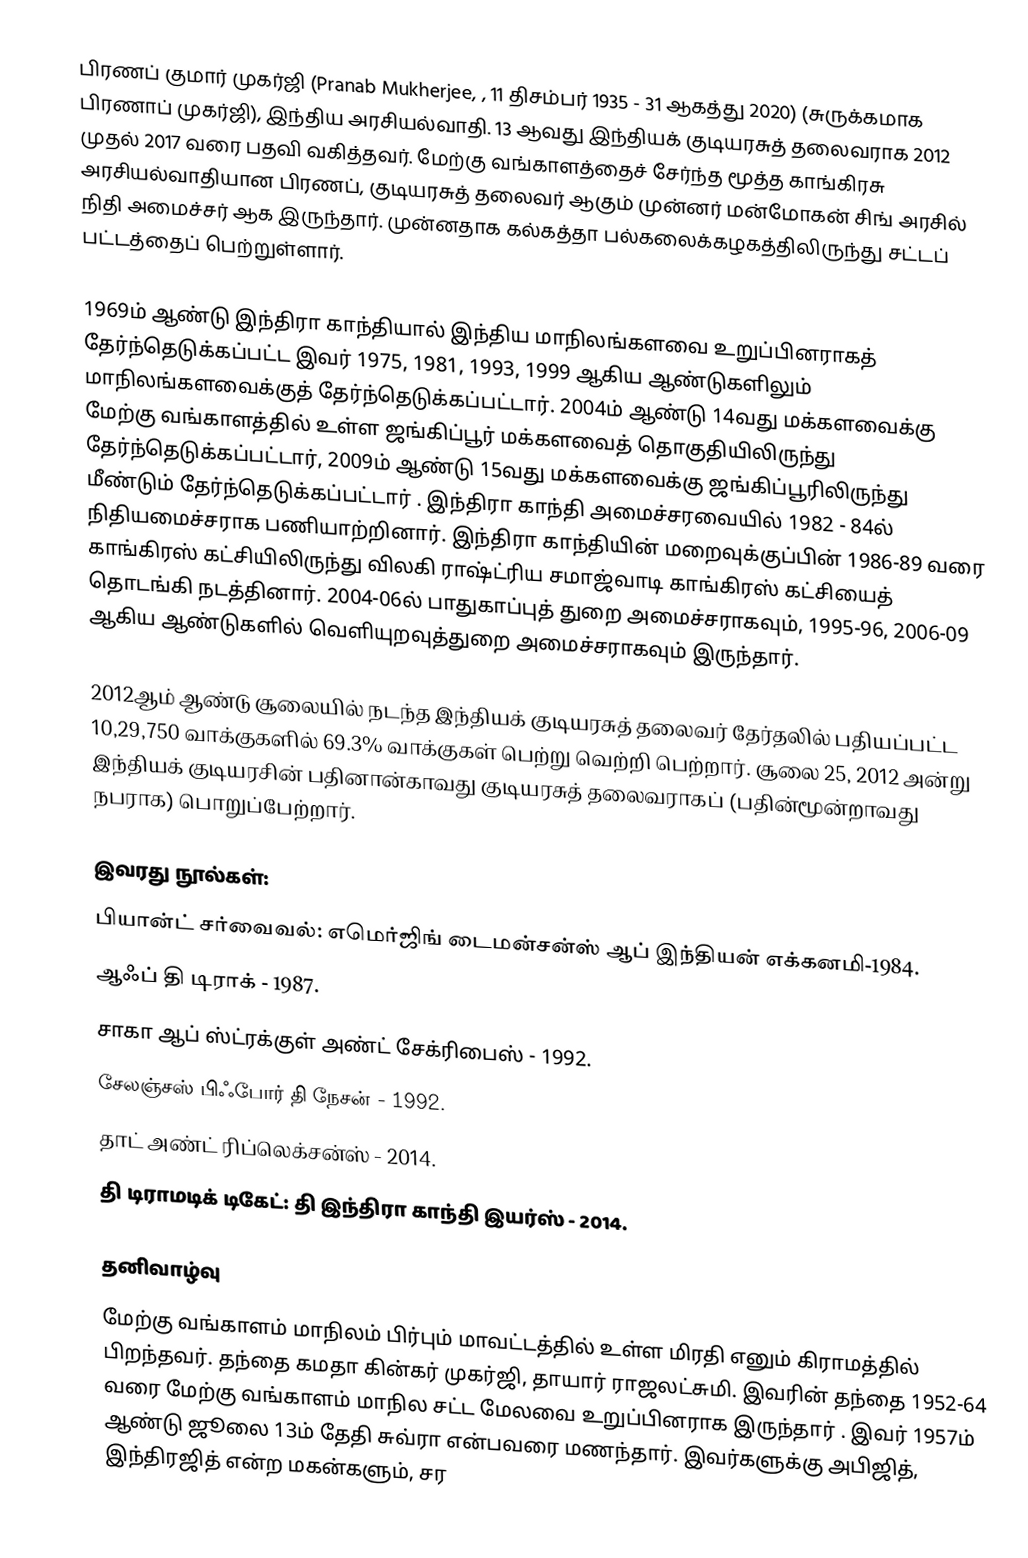
பிரணப் குமார் முகர்ஜி (Pranab Mukherjee, , 11 திசம்பர் 1935 - 31 ஆகத்து 2020) (சுருக்கமாக பிரணாப் முகர்ஜி),  இந்திய அரசியல்வாதி. 13 ஆவது  இந்தியக் குடியரசுத் தலைவராக  2012 முதல் 2017 வரை  பதவி வகித்தவர்.  மேற்கு வங்காளத்தைச் சேர்ந்த மூத்த காங்கிரசு அரசியல்வாதியான பிரணப், குடியரசுத் தலைவர் ஆகும் முன்னர் மன்மோகன் சிங் அரசில் நிதி அமைச்சர் ஆக இருந்தார். முன்னதாக  கல்கத்தா பல்கலைக்கழகத்திலிருந்து சட்டப் பட்டத்தைப் பெற்றுள்ளார்.

1969ம் ஆண்டு இந்திரா காந்தியால் இந்திய மாநிலங்களவை  உறுப்பினராகத் தேர்ந்தெடுக்கப்பட்ட இவர் 1975, 1981, 1993, 1999 ஆகிய ஆண்டுகளிலும் மாநிலங்களவைக்குத் தேர்ந்தெடுக்கப்பட்டார். 2004ம் ஆண்டு 14வது மக்களவைக்கு மேற்கு வங்காளத்தில் உள்ள ஜங்கிப்பூர் மக்களவைத் தொகுதியிலிருந்து தேர்ந்தெடுக்கப்பட்டார், 2009ம் ஆண்டு 15வது மக்களவைக்கு ஜங்கிப்பூரிலிருந்து மீண்டும் தேர்ந்தெடுக்கப்பட்டார் . இந்திரா காந்தி அமைச்சரவையில் 1982 - 84ல் நிதியமைச்சராக பணியாற்றினார். இந்திரா காந்தியின் மறைவுக்குப்பின் 1986-89 வரை காங்கிரஸ் கட்சியிலிருந்து விலகி ராஷ்ட்ரிய சமாஜ்வாடி காங்கிரஸ் கட்சியைத் தொடங்கி நடத்தினார். 2004-06ல் பாதுகாப்புத் துறை அமைச்சராகவும், 1995-96, 2006-09 ஆகிய ஆண்டுகளில் வெளியுறவுத்துறை அமைச்சராகவும் இருந்தார்.

2012ஆம் ஆண்டு சூலையில் நடந்த இந்தியக் குடியரசுத் தலைவர் தேர்தலில் பதியப்பட்ட 10,29,750 வாக்குகளில் 69.3% வாக்குகள் பெற்று வெற்றி பெற்றார். சூலை 25, 2012 அன்று இந்தியக் குடியரசின் பதினான்காவது குடியரசுத் தலைவராகப் (பதின்மூன்றாவது நபராக) பொறுப்பேற்றார்.

இவரது நூல்கள்:
 பியான்ட் சர்வைவல்: எமெர்ஜிங் டைமன்சன்ஸ் ஆப் இந்தியன் எக்கனமி-1984.
 ஆஃப் தி டிராக் - 1987.
 சாகா ஆப் ஸ்ட்ரக்குள் அண்ட் சேக்ரிபைஸ் - 1992.
 சேலஞ்சஸ் பிஃபோர் தி நேசன் - 1992.
 தாட் அண்ட் ரிப்லெக்சன்ஸ் - 2014.
 தி டிராமடிக் டிகேட்: தி இந்திரா காந்தி இயர்ஸ் - 2014.

தனிவாழ்வு
மேற்கு வங்காளம் மாநிலம் பிர்பும் மாவட்டத்தில் உள்ள மிரதி எனும் கிராமத்தில் பிறந்தவர். தந்தை கமதா கின்கர் முகர்ஜி, தாயார் ராஜலட்சுமி. இவரின் தந்தை 1952-64 வரை மேற்கு வங்காளம் மாநில சட்ட மேலவை உறுப்பினராக இருந்தார் . இவர் 1957ம் ஆண்டு ஜூலை 13ம் தேதி சுவ்ரா என்பவரை மணந்தார். இவர்களுக்கு அபிஜித், இந்திரஜித் என்ற மகன்களும், சர